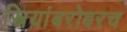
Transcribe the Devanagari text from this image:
स्त्रियांबरोबरच